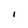
Character: i